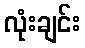
လုံးချင်း